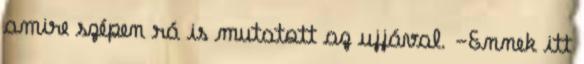
amire szépen rá is mutatott az ujjával. -Ennek itt